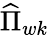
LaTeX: \widehat{\Pi}_{wk}